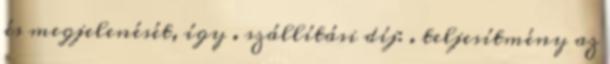
és megjelenését, így . szállítási díj: . teljesítmény az